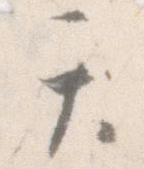
て